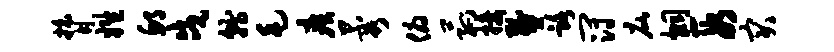
膂姓邱戍就毛疾蓉俯菰接燹路冠庇炯段突